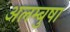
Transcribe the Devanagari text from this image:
अलम्बुषा